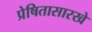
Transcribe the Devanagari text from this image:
प्रेषितासारखे